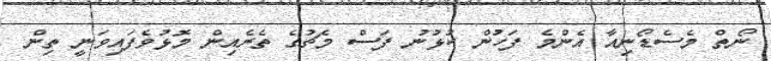
ނޯތް މެސެޑޯނިއާ އެންމެ ފަހުން ކުޅުނު ފަސް މެޗުގެ ތެރެއިން މޮޅުވެފައިވަނީ ތިން